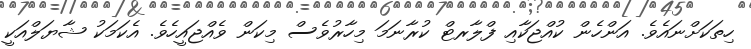
ހިތަކަށްނައެވެ. އަންހެން ކުއްޖަކާއި ފްލާރޓް ކުރާނަމަ މިހާރުވެސް މިކަން ވެއްޖައީހެވެ. އެކަމަކު ޝާޔަލްއަކީ